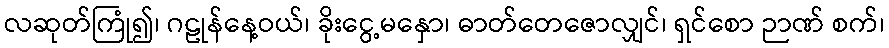
လဆုတ်ကြုံ၍၊ ဂဠုန်နေ့ဝယ်၊ ခိုးငွေ့မနှော၊ ဓာတ်တေဇောလျှင်၊ ရှင်စော ဉာဏ် စက်၊